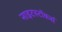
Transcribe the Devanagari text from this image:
नाइटस्टॉकर्स